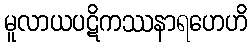
မူလာယပဋိကဿနာရဟေဟိ